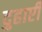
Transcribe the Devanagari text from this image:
दुहाएी